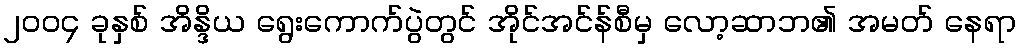
၂၀၀၄ ခုနှစ် အိန္ဒိယ ရွေးကောက်ပွဲတွင် အိုင်အင်န်စီမှ လော့ဆာဘ၏ အမတ် နေရာ